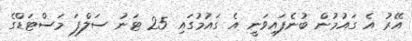
އޭރު އެ ގައުމުން ބުނެފައިވަނީ އެ ގައުމުގައި 25 ޓަނު ސަލްފަ މަސްޓަޑްގެ